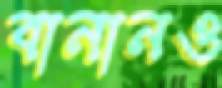
বানানও